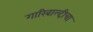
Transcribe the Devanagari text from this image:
गारिबाल्दीचा